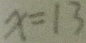
x = 1 3